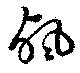
颭